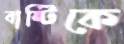
বান্টিকে